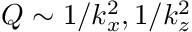
Q \sim 1 / k _ { x } ^ { 2 } , 1 / k _ { z } ^ { 2 }